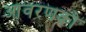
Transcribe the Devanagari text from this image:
आवरणको